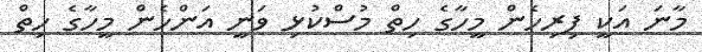
މާނަ އަކީ ފިރިހެން މީހާގެ ހިތް މުސްކުޅި ވަނީ އަންހެން މީހާގެ ހިތް